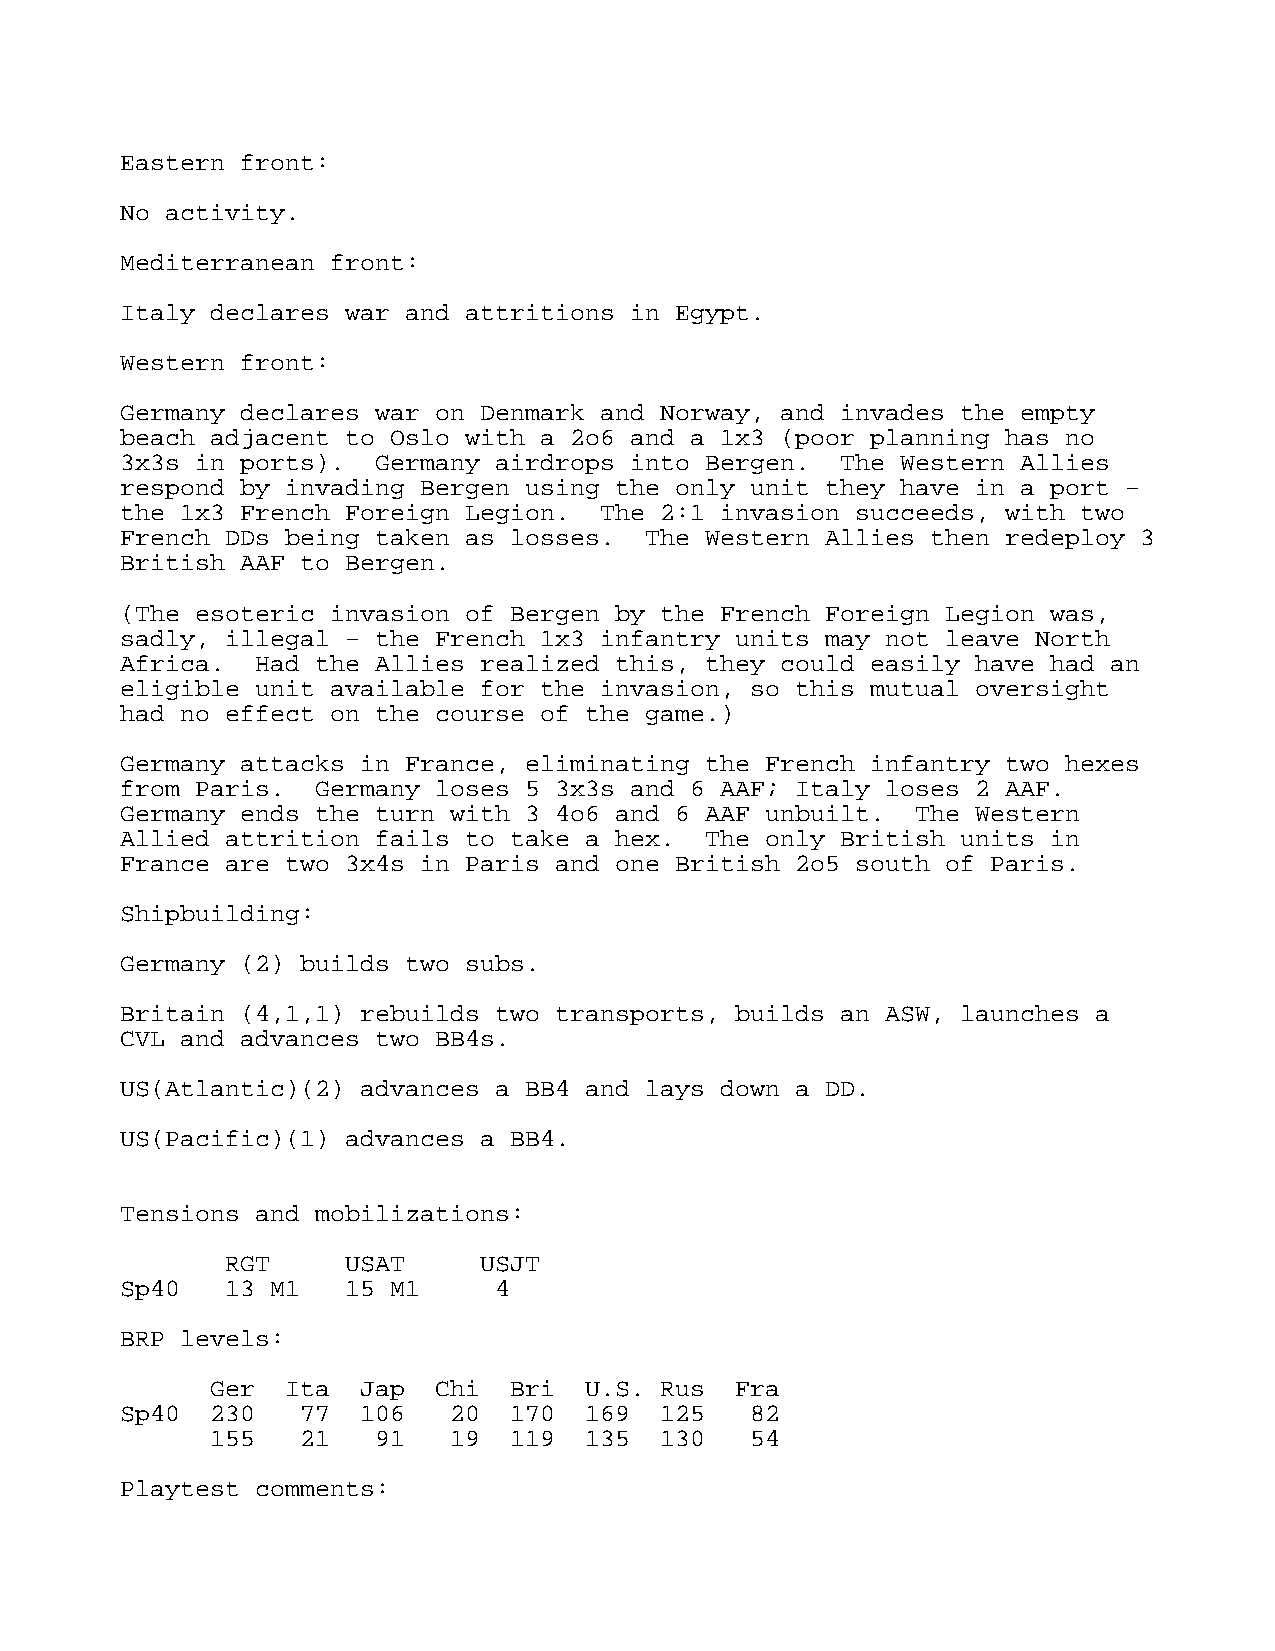
Eastern front:
 No activity.
 Mediterranean front:
 Italy declares war and attritions in Egypt.
 Western front:
 Germany declares war on Denmark and Norway, and invades the empty
 beach adjacent to Oslo with a 2o6 and a 1x3 (poor planning has no
 3x3s in ports).  Germany airdrops into Bergen.  The Western Allies
 respond by invading Bergen using the only unit they have in a port –
 the 1x3 French Foreign Legion.  The 2:1 invasion succeeds, with two
 French DDs being taken as losses.  The Western Allies then redeploy 3
 British AAF to Bergen.
 (The esoteric invasion of Bergen by the French Foreign Legion was,
 sadly, illegal – the French 1x3 infantry units may not leave North
 Africa.  Had the Allies realized this, they could easily have had an
 eligible unit available for the invasion, so this mutual oversight
 had no effect on the course of the game.)
 Germany attacks in France, eliminating the French infantry two hexes
 from Paris.  Germany loses 5 3x3s and 6 AAF; Italy loses 2 AAF.
 Germany ends the turn with 3 4o6 and 6 AAF unbuilt.  The Western
 Allied attrition fails to take a hex.  The only British units in
 France are two 3x4s in Paris and one British 2o5 south of Paris.
 Shipbuilding:
 Germany (2) builds two subs.
 Britain (4,1,1) rebuilds two transports, builds an ASW, launches a
 CVL and advances two BB4s.
 US(Atlantic)(2) advances a BB4 and lays down a DD.
 US(Pacific)(1) advances a BB4.
 Tensions and mobilizations:
 RGT     USAT     USJT
 Sp40   13 M1   15 M1     4
 BRP levels:
 Ger  Ita  Jap  Chi  Bri  U.S. Rus  Fra
 Sp40  230   77  106   20  170  169  125   82
 155   21   91   19  119  135  130   54
 Playtest comments: